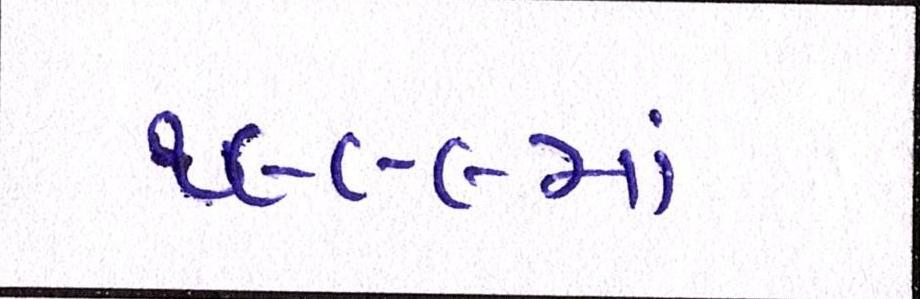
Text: ૧૯૯૯માં